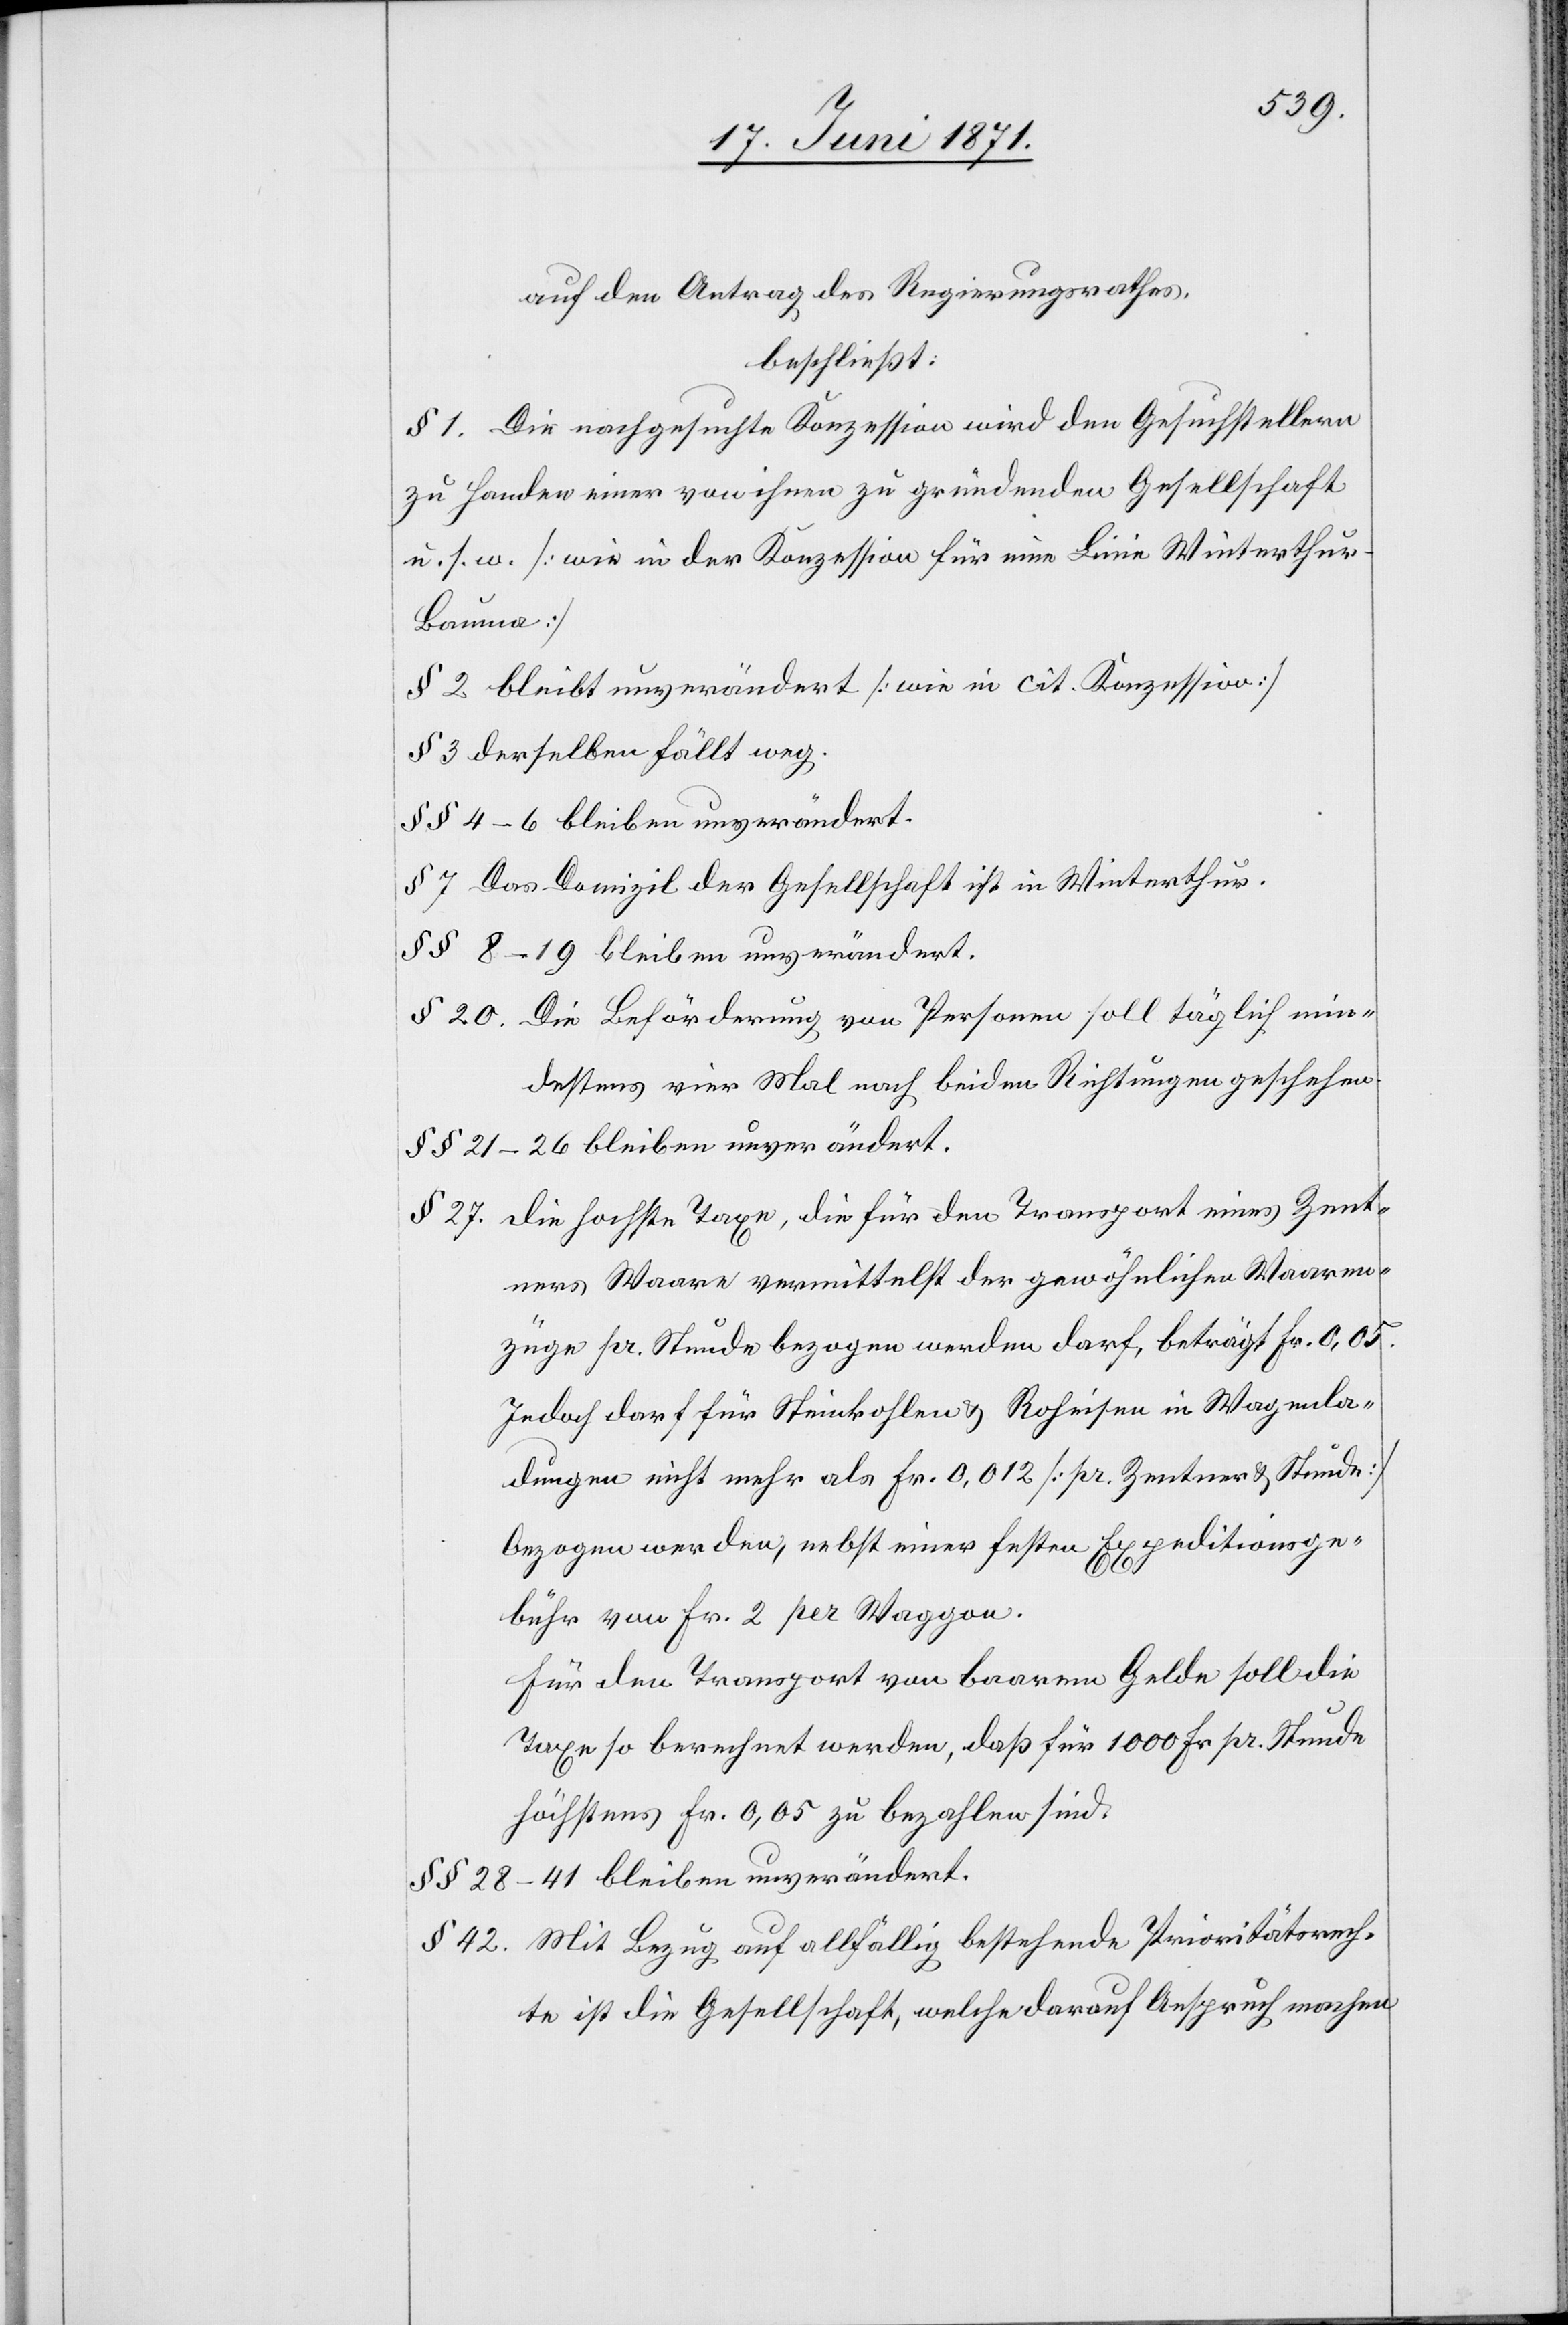
auf den Antrag des Regierungsrathes,
beschließt:
§ 1. Die nachgesuchte Konzession wird den Gesuchstellern
zu Handen einer von ihnen zu gründenden Gesellschaft
u. s. w. [wie in der Konzession für eine Linie Winterthur-B¬
auma]
§ 2 bleibt unverändert [wie in cit. Konzession]
§ 3 derselben fällt weg.
§§ 4–6 bleiben unverändert.
§ 7 Das Domizil der Gesellschaft ist in Winterthur.
§§ 8–9 bleiben unverändert.
§ 20. Die Beförderung von Personen soll täglich min¬
destens vier Mal nach beiden Richtungen geschehen.
§§ 21–26 bleiben unverändert.
§ 27. die hochste [sic!] Taxe, die für den Transport eines Zent¬
ners Waare vermittelst der gewöhnlichen Waaren¬
züge pr. Stunde bezogen werden darf, beträgt Fr. 0,05.
Jedoch darf für Steinkohlen u. Roheisen in Wagenla¬
dungen nicht mehr als Fr. 0,012 [pr. Zentner u. Stunde]
bezogen werden, nebst einer festen Expeditionsge¬
bühr von Fr. 2 per Waggon.
Für den Transport von baarem Gelde soll die
Taxe so berechnet werden, daß für 1000 Fr. pr. Stunde
höchstens Fr. 0,05 zu bezahlen sind.
§§ 28–41 bleiben unverändert.
§ 42. Mit Bezug auf allfällig bestehende Prioritätsrech¬
te ist die Gesellschaft, welche darauf Anspruch machen